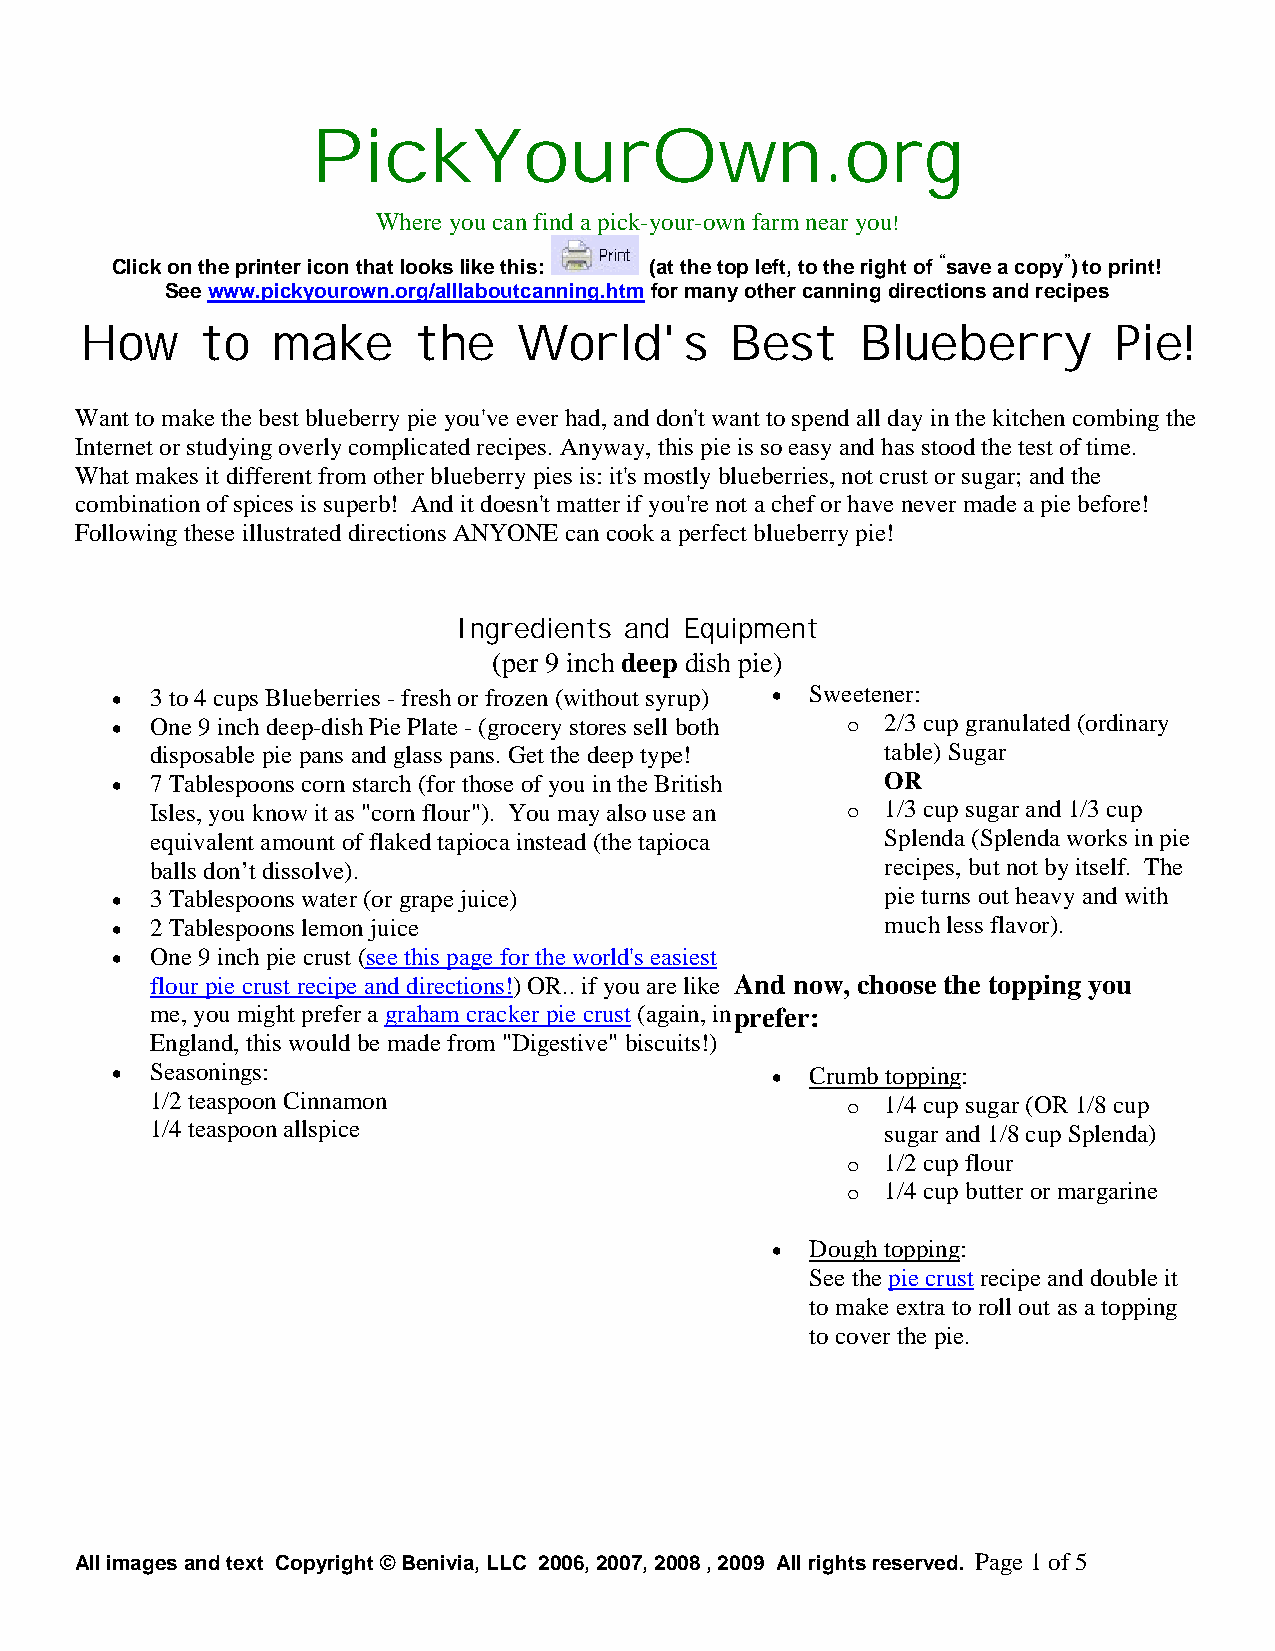
PickYourOwn.org
 Where you can find a pick-your-own farm near you!
 Click on the printer icon that looks like this: (at the top left, to the right of “save a copy”) to print!
 See www.pickyourown.org/alllaboutcanning.htmfor many other canning directions and recipes
 How     to   make      the   World's       Best     Blueberry        Pie!
 Want to make the best blueberry pie you've ever had, and don't want to spend all day in the kitchen combing the
 Internet or studying overly complicated recipes. Anyway, this pie is so easy and has stood the test of time.
 What makes it different from other blueberry pies is: it's mostly blueberries, not crust or sugar; and the
 combination of spices is superb! And it doesn't matter if you'renot a chef or have never made a pie before!
 Following these illustrated directions ANYONE can cook a perfect blueberry pie!
 Ingredients and Equipment
 (per 9 inch deep dish pie)
   3to 4 cups Blueberries -fresh or frozen (without syrup)  Sweetener:
   One 9 inch deep-dish Pie Plate -(grocery stores sell both o 2/3 cup granulated (ordinary
 disposable pie pans and glass pans. Get the deep type! table) Sugar
   7 Tablespoons corn starch (for those of you in the British OR
 Isles, you know it as "corn flour"). You may also use an o 1/3 cup sugar and 1/3 cup
 equivalent amount of flaked tapioca instead(the tapioca Splenda (Splenda works in pie
 balls don’t dissolve).                           recipes, but not by itself. The
   3 Tablespoons water (or grape juice)             pie turns out heavy and with
   2 Tablespoons lemon juice                        much less flavor).
   One 9 inch pie crust (see this page for the world's easiest
 flour pie crust recipe and directions!) OR.. if you are like And now, choose the topping you
 me, you might prefer a graham cracker pie crust(again, in prefer:
 England, this would be made from "Digestive" biscuits!)
   Seasonings:                                Crumb topping:
 1/2 teaspoonCinnamon                          o  1/4 cup sugar (OR 1/8 cup
 1/4 teaspoon allspice                            sugar and 1/8 cup Splenda)
 o  1/2 cup flour
 o  1/4 cup butter or margarine
   Dough topping:
 See the pie crustrecipe and double it
 to make extra to roll out as a topping
 to cover the pie.
 All images and text Copyright © Benivia, LLC 2006, 2007, 2008 , 2009 All rights reserved. Page 1of 5